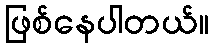
ဖြစ်နေပါတယ်။